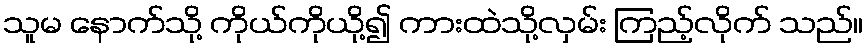
သူမ နောက်သို့ ကိုယ်ကိုယို့၍ ကားထဲသို့လှမ်း ကြည့်လိုက် သည်။